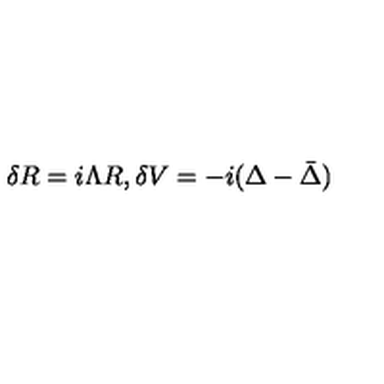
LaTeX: \delta R = i \Lambda R , \delta V = - i ( \Delta - \bar { \Delta } )